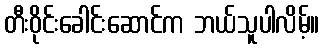
တီးဝိုင်းခေါင်းဆောင်က ဘယ်သူပါလိမ့်။